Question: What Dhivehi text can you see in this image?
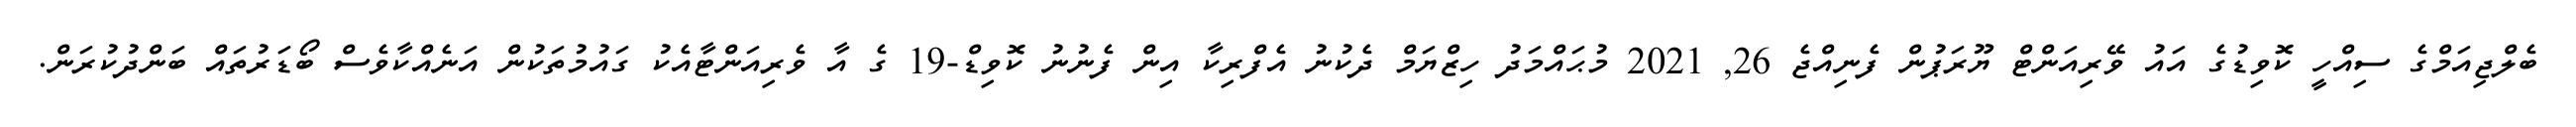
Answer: ބެލްޖިއަމްގެ ސިއްހީ ކޮވިޑުގެ އައު ވޭރިއަންޓް ޔޫރަޕުން ފެނިއްޖެ 26, 2021 މުޙައްމަދު ހިޒްޔަމް ދެކުނު އެފްރިކާ އިން ފެނުނު ކޮވިޑް-19 ގެ އާ ވެރިއަންޓާއެކު ގައުމުތަކުން އަނެއްކާވެސް ބޯޑަރުތައް ބަންދުކުރަން.